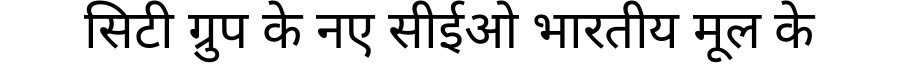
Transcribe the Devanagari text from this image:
सिटी ग्रुप के नए सीईओ भारतीय मूल के